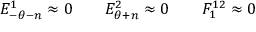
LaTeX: E _ { - \theta - n } ^ { 1 } \approx { } 0 \qquad E _ { \theta + n } ^ { 2 } \approx { } 0 \qquad F _ { 1 } ^ { 1 2 } \approx { } 0